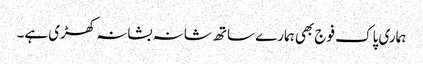
ہماری پاک فوج بھی ہمارے ساتھ شانہ بشانہ کھڑی ہے۔